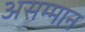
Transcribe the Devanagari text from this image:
असम्मान